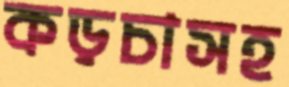
কড়চাসহ